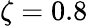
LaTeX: \zeta=0.8